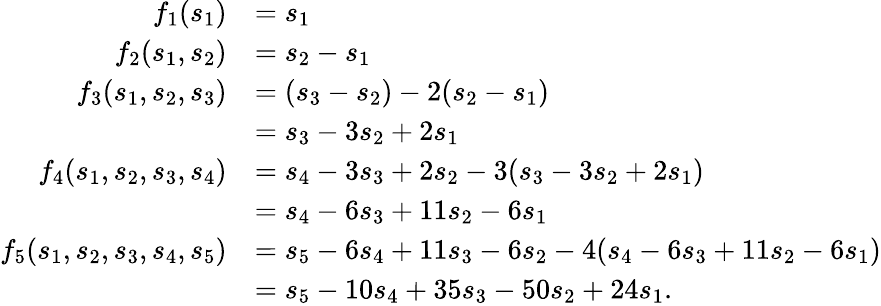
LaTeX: \begin{array}{rl}{f_{1}(s_{1})}&{=s_{1}}\\ {f_{2}(s_{1},s_{2})}&{=s_{2}-s_{1}}\\ {f_{3}(s_{1},s_{2},s_{3})}&{=(s_{3}-s_{2})-2(s_{2}-s_{1})}\\ &{=s_{3}-3s_{2}+2s_{1}}\\ {f_{4}(s_{1},s_{2},s_{3},s_{4})}&{=s_{4}-3s_{3}+2s_{2}-3(s_{3}-3s_{2}+2s_{1})}\\ &{=s_{4}-6s_{3}+11s_{2}-6s_{1}}\\ {f_{5}(s_{1},s_{2},s_{3},s_{4},s_{5})}&{=s_{5}-6s_{4}+11s_{3}-6s_{2}-4(s_{4}-6s_{3}+11s_{2}-6s_{1})}\\ &{=s_{5}-10s_{4}+35s_{3}-50s_{2}+24s_{1}.}\end{array}